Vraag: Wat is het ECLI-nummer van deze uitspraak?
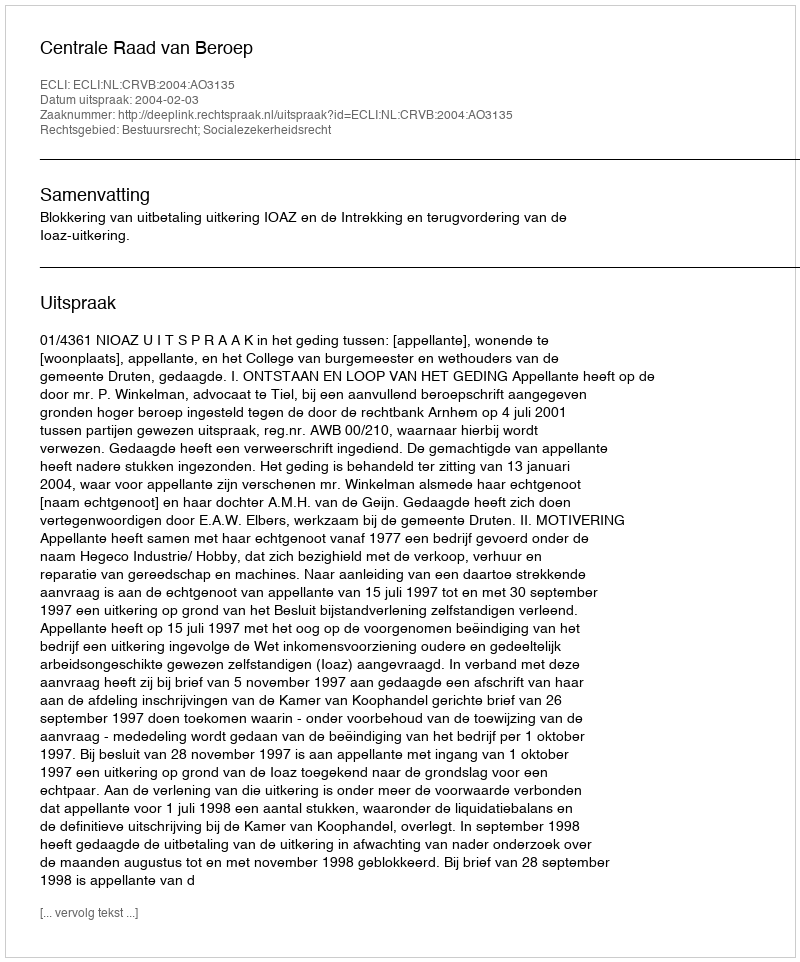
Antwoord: ECLI:NL:CRVB:2004:AO3135